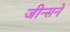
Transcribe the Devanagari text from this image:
जीन्सने